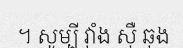
។ សូម្បី វ៉ាំង ស៊ឺ ឆុង